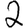
Digit: 2